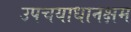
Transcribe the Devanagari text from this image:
उपचयाधानक्षम